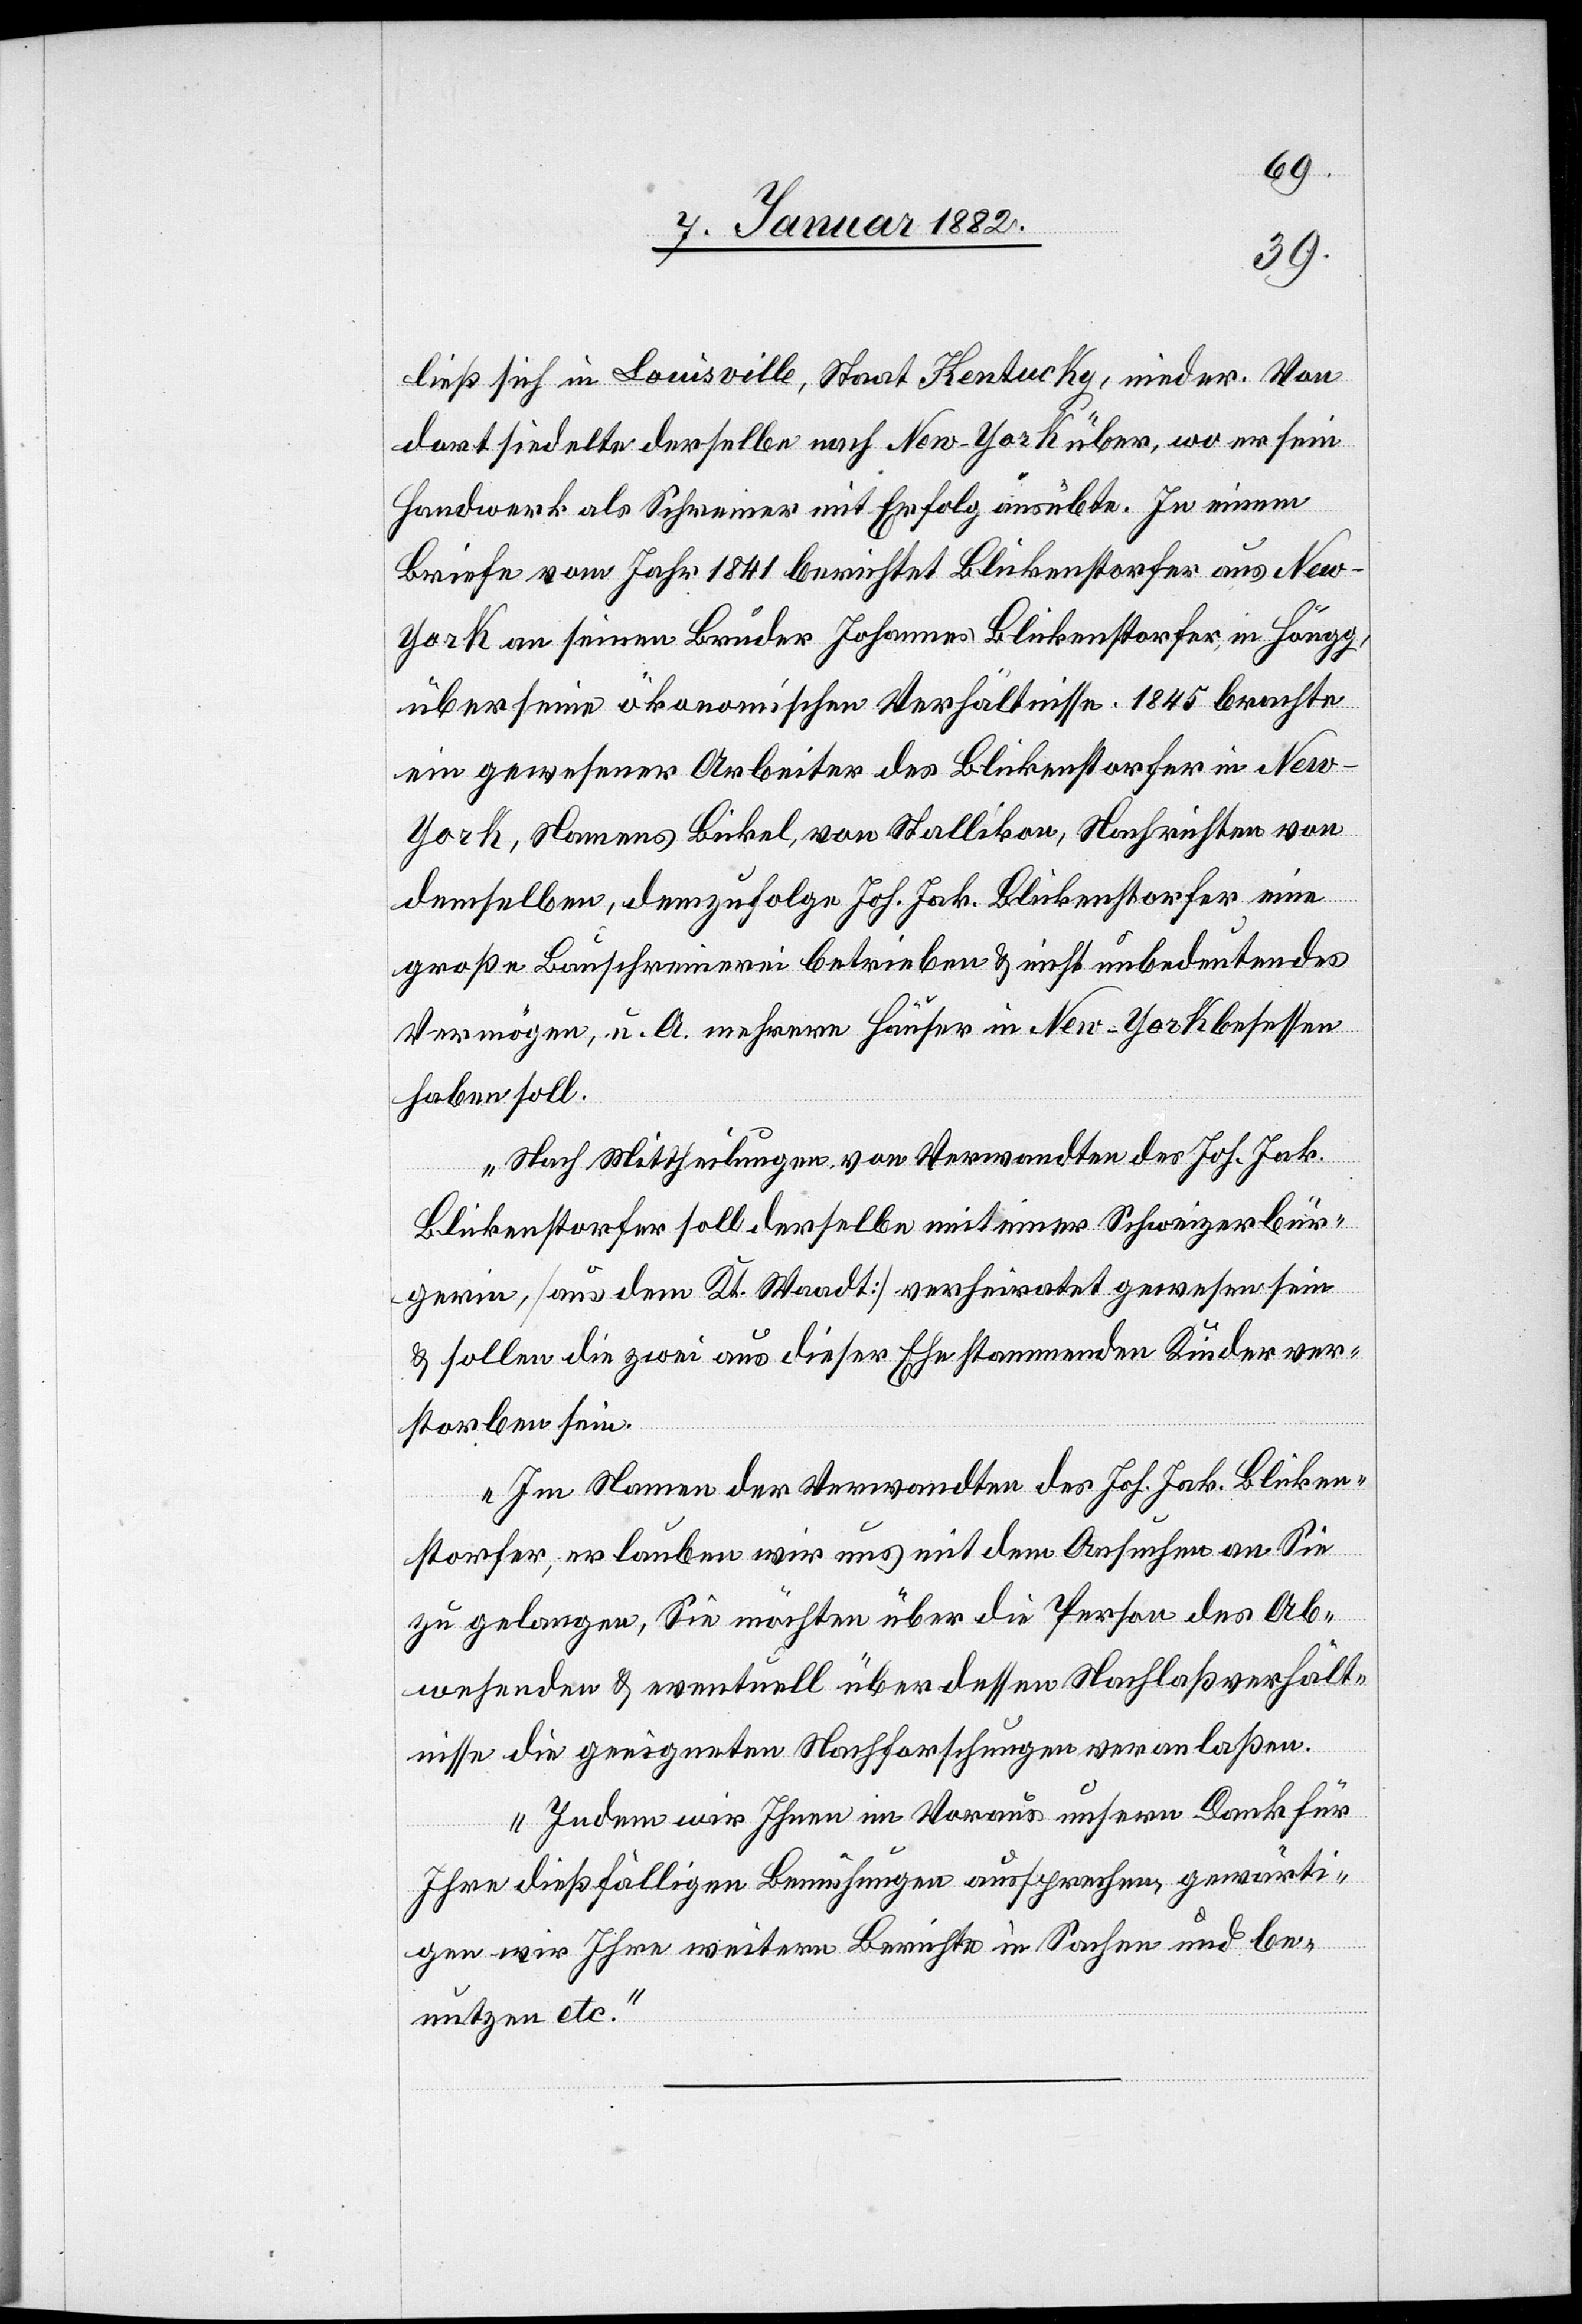
ließ sich in Louisville, Staat Kentucky, nieder. Von
dort siedelte derselbe nach New-York über, wo er sein
Handwerk als Schreiner mit Erfolg ausübte. In einem
Briefe vom Jahr 1841 berichtet Blickenstorfer aus New-Y¬
ork an seinen Bruder Johannes Bilckenstorfer, in Höngg,
über seine ökonomischen Verhältnisse. 1845 brachte
ein gewesener Arbeiter des Blickenstorfer in Ne¬
w-York, Namens Bickel, von Stallikon, Nachrichten von
demselben, demzufolge Joh. Jak. Bilckenstorfer eine
große Bauschreinerei betrieben & nicht unbedeutendes
Vermögen, u. A. mehrere Häuser in New-York besessen
haben soll.
Nach Mittheilungen von Verwandten des Joh. Jak.
Bilckenstorfer soll derselbe mit einer Schweizerbür¬
gerin [aus dem Kt. Waadt] verheiratet gewesen sein
& sollen die zwei aus dieser Ehe stammenden Kinder ver¬
storben sein.
Im Namen der Verwandten des Joh. Jak. Blicken¬
storfer; erlauben wir uns mit dem Ansuchen an Sie
zu gelangen, Sie möchten über die Person des Ab¬
wesenden & eventuell über dessen Nachlaßverhält¬
nisse die geeigneten Nachforschung veranlaßen.
Indem wir Ihnen im Voraus unsern Dank für
Ihre dießfälligen Bemühungen aussprechen, gewärti¬
gen wir Ihre weitern Berichte in Sachen und be¬
nutzen etc.“